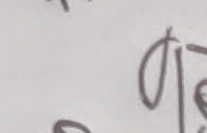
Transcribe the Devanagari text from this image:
९